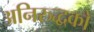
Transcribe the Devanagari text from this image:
अनिरुद्धको